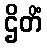
ဌိတိံ